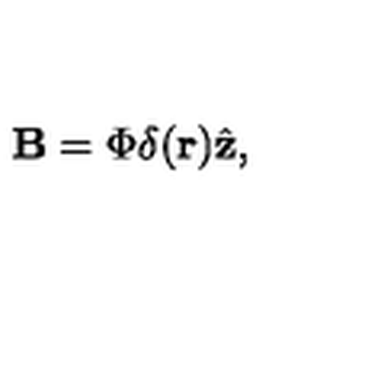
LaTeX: { \bf B } = \Phi \delta ( { \bf r } ) { \hat { { \bf z } } , }